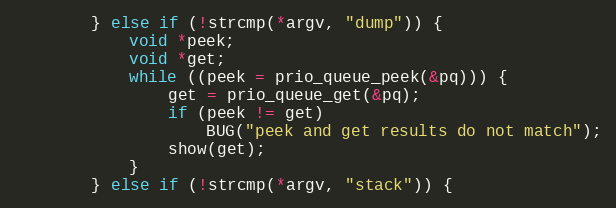
Language: C
		} else if (!strcmp(*argv, "dump")) {
			void *peek;
			void *get;
			while ((peek = prio_queue_peek(&pq))) {
				get = prio_queue_get(&pq);
				if (peek != get)
					BUG("peek and get results do not match");
				show(get);
			}
		} else if (!strcmp(*argv, "stack")) {